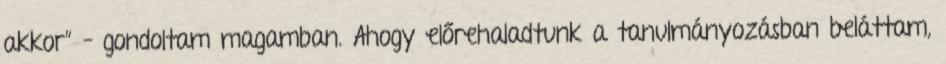
akkor” – gondoltam magamban. Ahogy előrehaladtunk a tanulmányozásban beláttam,